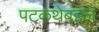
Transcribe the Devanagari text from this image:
पटकथेबद्दल